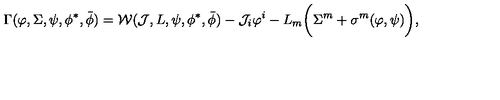
\Gamma ( \varphi , \Sigma , \psi , \phi ^ { * } , \bar { \phi } ) = { \cal W } ( { \cal J } , L , \psi , \phi ^ { * } , \bar { \phi } ) - { \cal J } _ { i } \varphi ^ { i } - L _ { m } \bigg ( \Sigma ^ { m } + \sigma ^ { m } ( \varphi , \psi ) \bigg ) ,